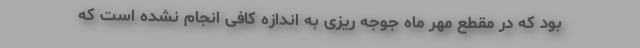
بود که در مقطع مهر ماه جوجه ریزی به اندازه کافی انجام نشده است که